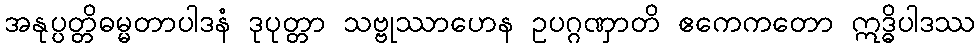
အနုပ္ပတ္တိဓမ္မတာပါဒနံ ဒုပုတ္တာ သဗ္ဗုဿာဟေန ဥပဂ္ဂဏှာတိ ဧကေကတော ဣဒ္ဓိပါဒဿ